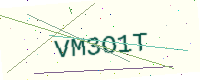
Text: VM3O1T